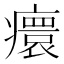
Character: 癏